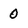
Character: 0